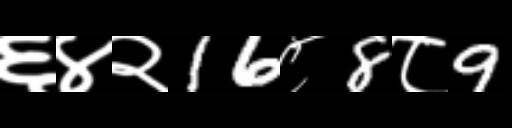
Text: ६४२16८8८9